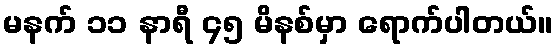
မနက် ၁၁ နာရီ ၄၅ မိနစ်မှာ ရောက်ပါတယ်။